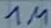
Text: 1M